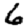
Digit: 6